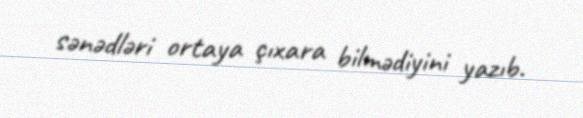
sənədləri ortaya çıxara bilmədiyini yazıb.